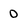
Character: O